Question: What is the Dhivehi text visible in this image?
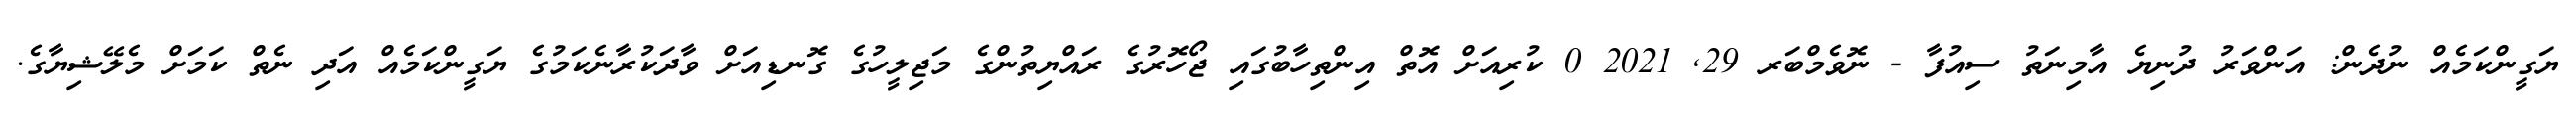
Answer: ޔަގީންކަމެއް ނުދެން: އަންވަރު ދުނިޔެ އާމިނަތު ސިއުފާ - ނޮވެމްބަރ 29, 2021 0 ކުރިއަށް އޮތް އިންތިހާބުގައި ޖޯހޮރުގެ ރައްޔިތުންގެ މަޖިލީހުގެ ގޮނޑިއަށް ވާދަކުރާނެކަމުގެ ޔަގީންކަމެއް އަދި ނެތް ކަމަށް މެލޭޝިޔާގެ.